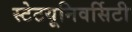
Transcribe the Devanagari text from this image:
स्टेटयूनिवर्सिटी